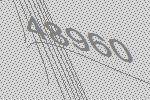
48960